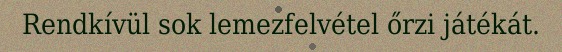
Rendkívül sok lemezfelvétel őrzi játékát.